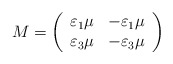
\begin{align*}M=\left( \begin{array}{cc}\varepsilon_1\mu&-\varepsilon_1\mu\\\varepsilon_3\mu&-\varepsilon_{3}\mu\end{array}\right) \end{align*}